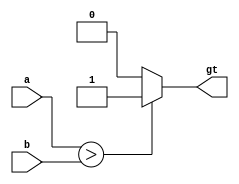
`timescale 1ns / 1ps
module comp(
    input [3:0] a,
    input [3:0] b,
    output gt
    );
    
    assign gt = (a>b) ? 1 : 0;
endmodule